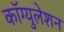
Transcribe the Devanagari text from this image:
कॉग्युलेशन